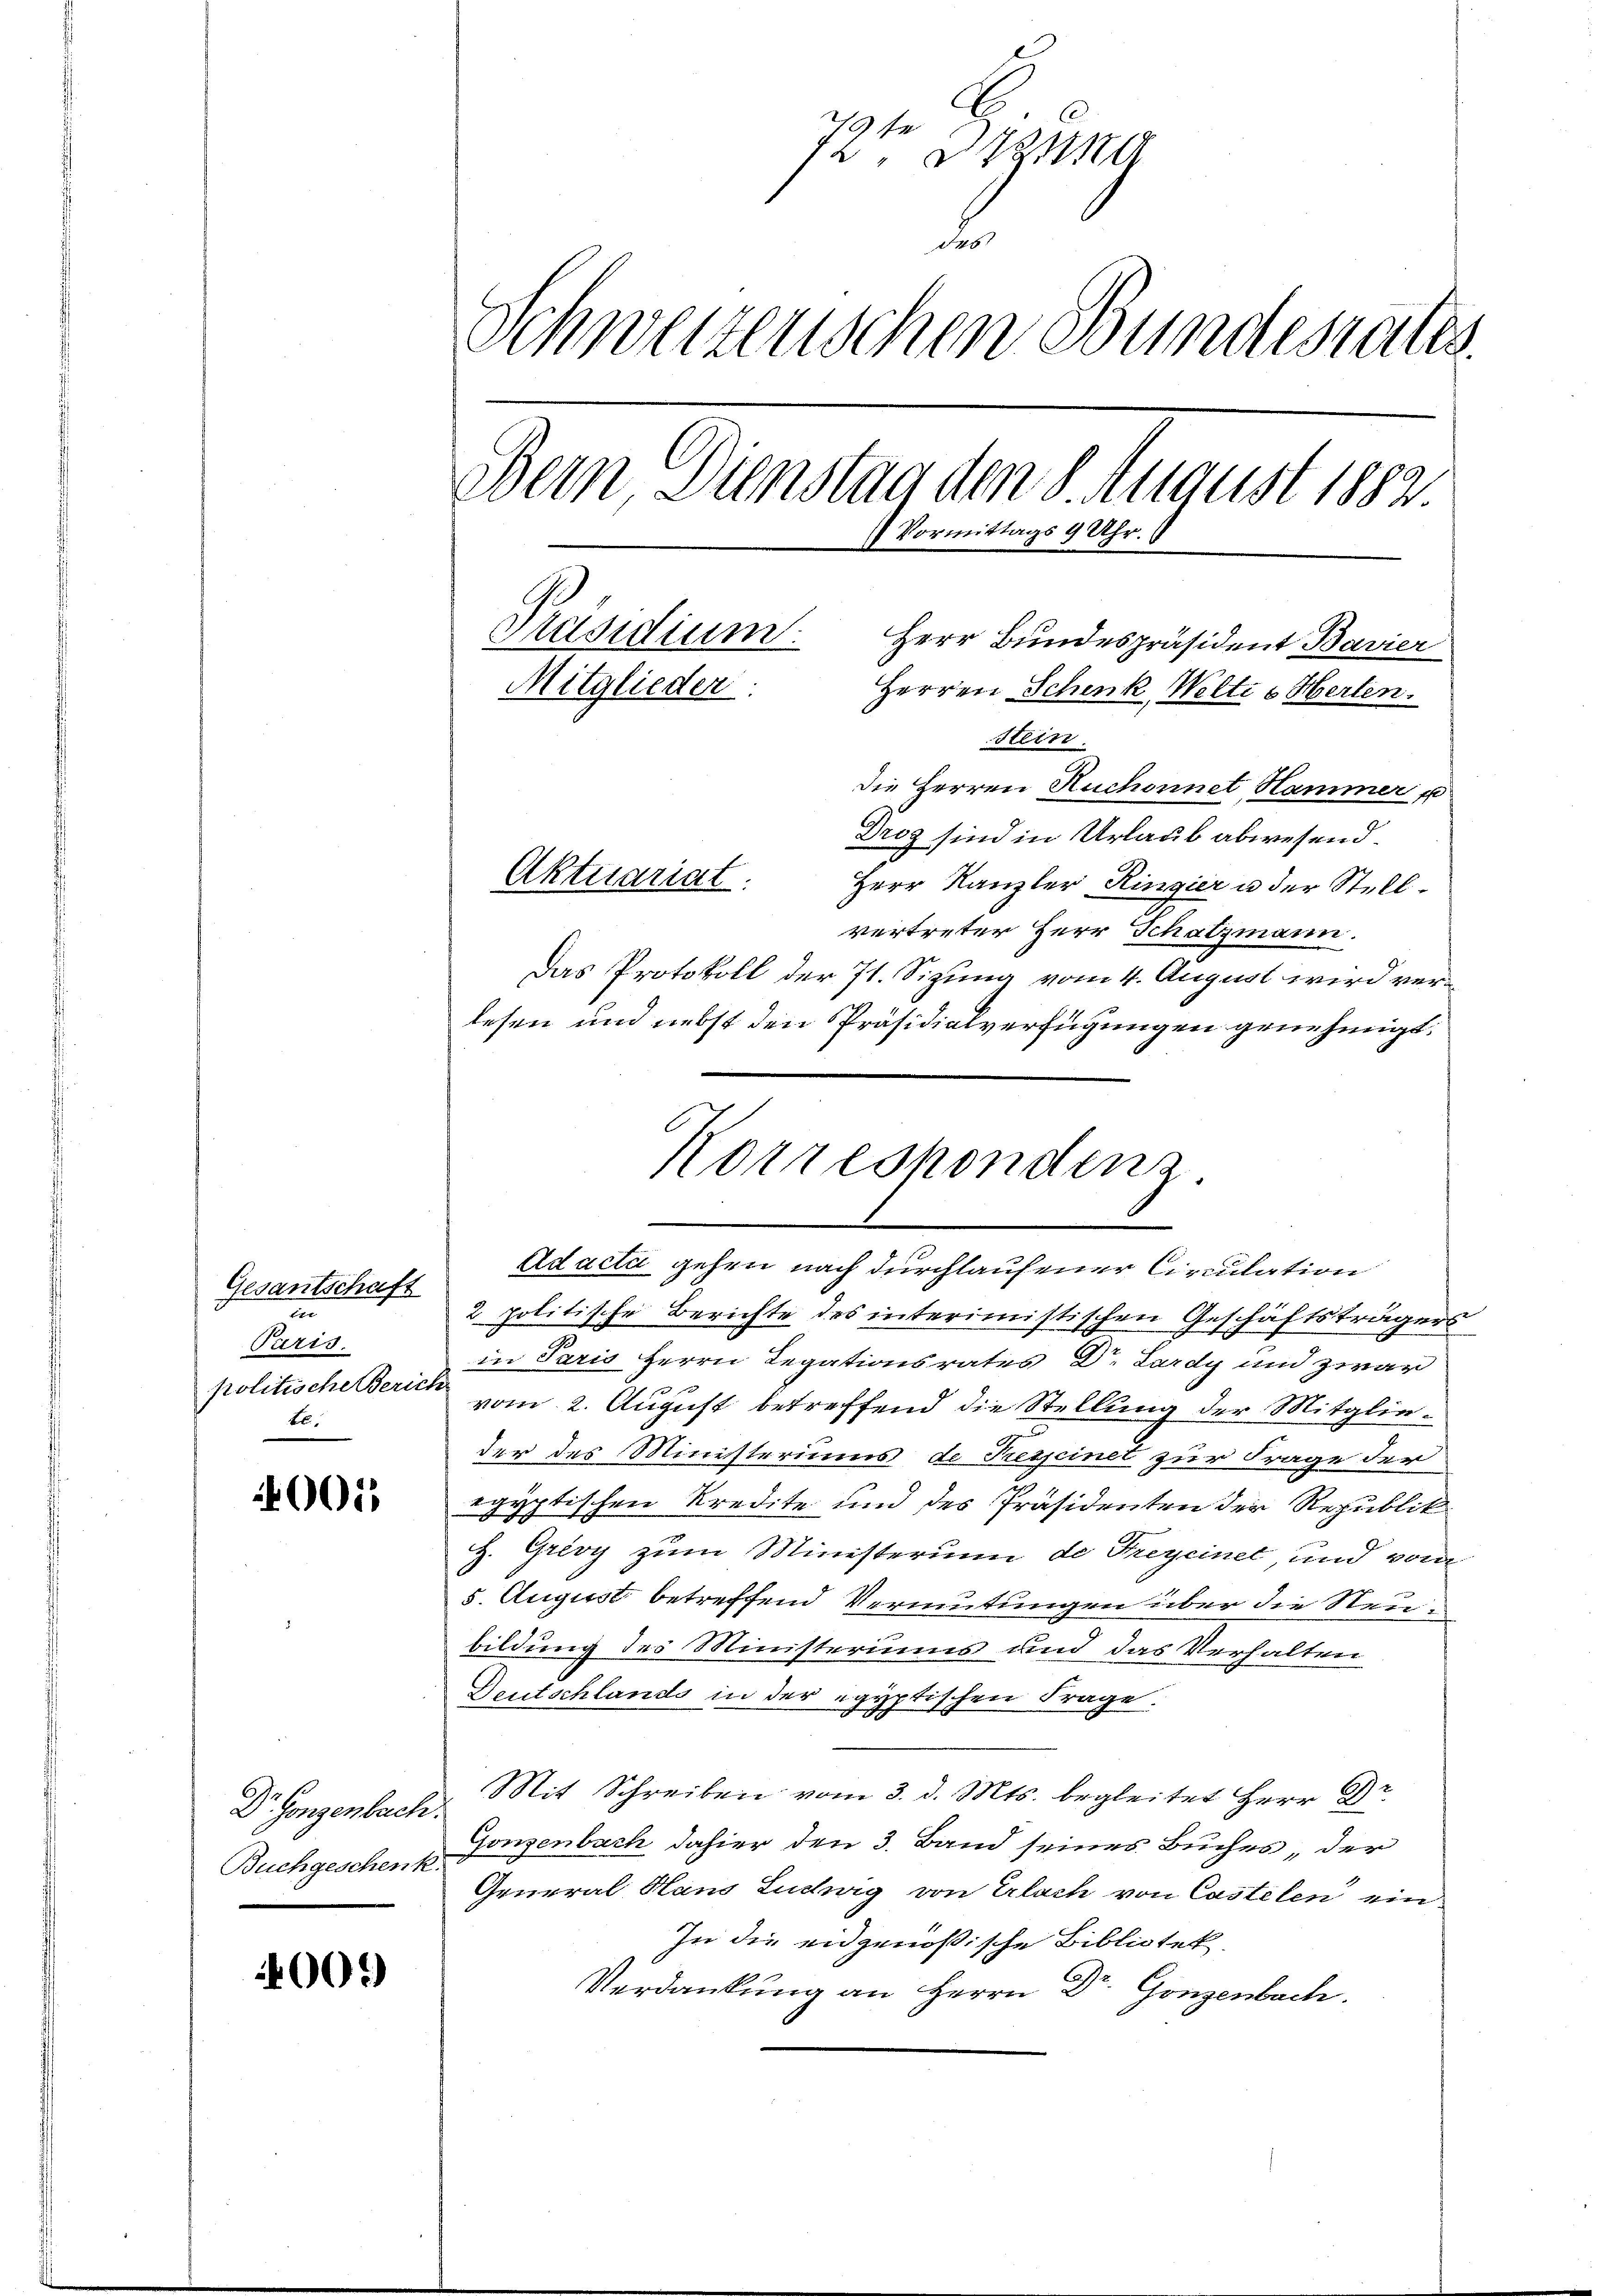
Gesantschaft
n
Paris.
Bl

001

Dr. Gonzenbach.
Buchgeschenk.

400.

72te Sitzung
F
Schweizenschen Bundesrates.
Bern Dunstag den 8. August 1882.
ittags 9 Uhr.
1 Vort.
Präsidium.
Herr Bundespräsident Bavier
Mitglieder:
Herren Schenk Welti u Herten.
Stein.
die Herren Ruchonnet Hammer u

Drog sind in Urlaub abwesend.
Aktuariat. Herr Kanzler Ringier u der Stell-
vertreter Herr Schatzmann.
Das Protokoll der 71. Sizung vom 4. August wird verlesen und nebst den Präsidialverfügungen genehmigt.
2 politische Berichte des interimistischen Geschäftsträgers
in Paris Herrn Legationsrates Dr. Lardy und zwar
politische Zürich vom 2. August betreffend die Stellung der Mitglieder des Ministeriums de Presseinet zur Frage der
egyptischen Kredite und des Präsidenten der Republik
H. Grivy zum Ministerium de Freyeinet, und von
5. August betreffend Vermutungen über die Steubildung des Ministeriums und das Verhalten
Deutschlands in der egyptischen Frage.
Mit Schreiben vom 3. d. Mts. begleitet Herr Dr.
Gonzenbach dahier den 3. Band seines Buches, der
Grueral Hans Ludwig von Erlach von Castelen ein¬
In die eidgenößische Bibliotek
Verdankung an Herrn Dr. Gonzenbach.

Norrespondenz
Adacti gehen nach durchlaufener Circulation